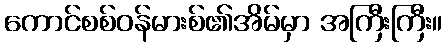
ကောင်စစ်ဝန်မားစ်၏အိမ်မှာ အကြီးကြီး။